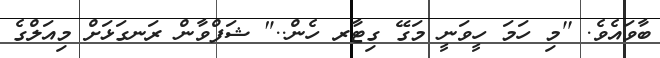
ބާވައެވެ. ''މި ހަމަ ހީވަނީ މަގޭ ގިޓާރ ހެން.." ޝަފްވާން ރަނގަޅަށް މިއަލްގެ